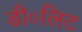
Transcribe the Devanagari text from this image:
डी०लिट